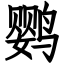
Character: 鹦